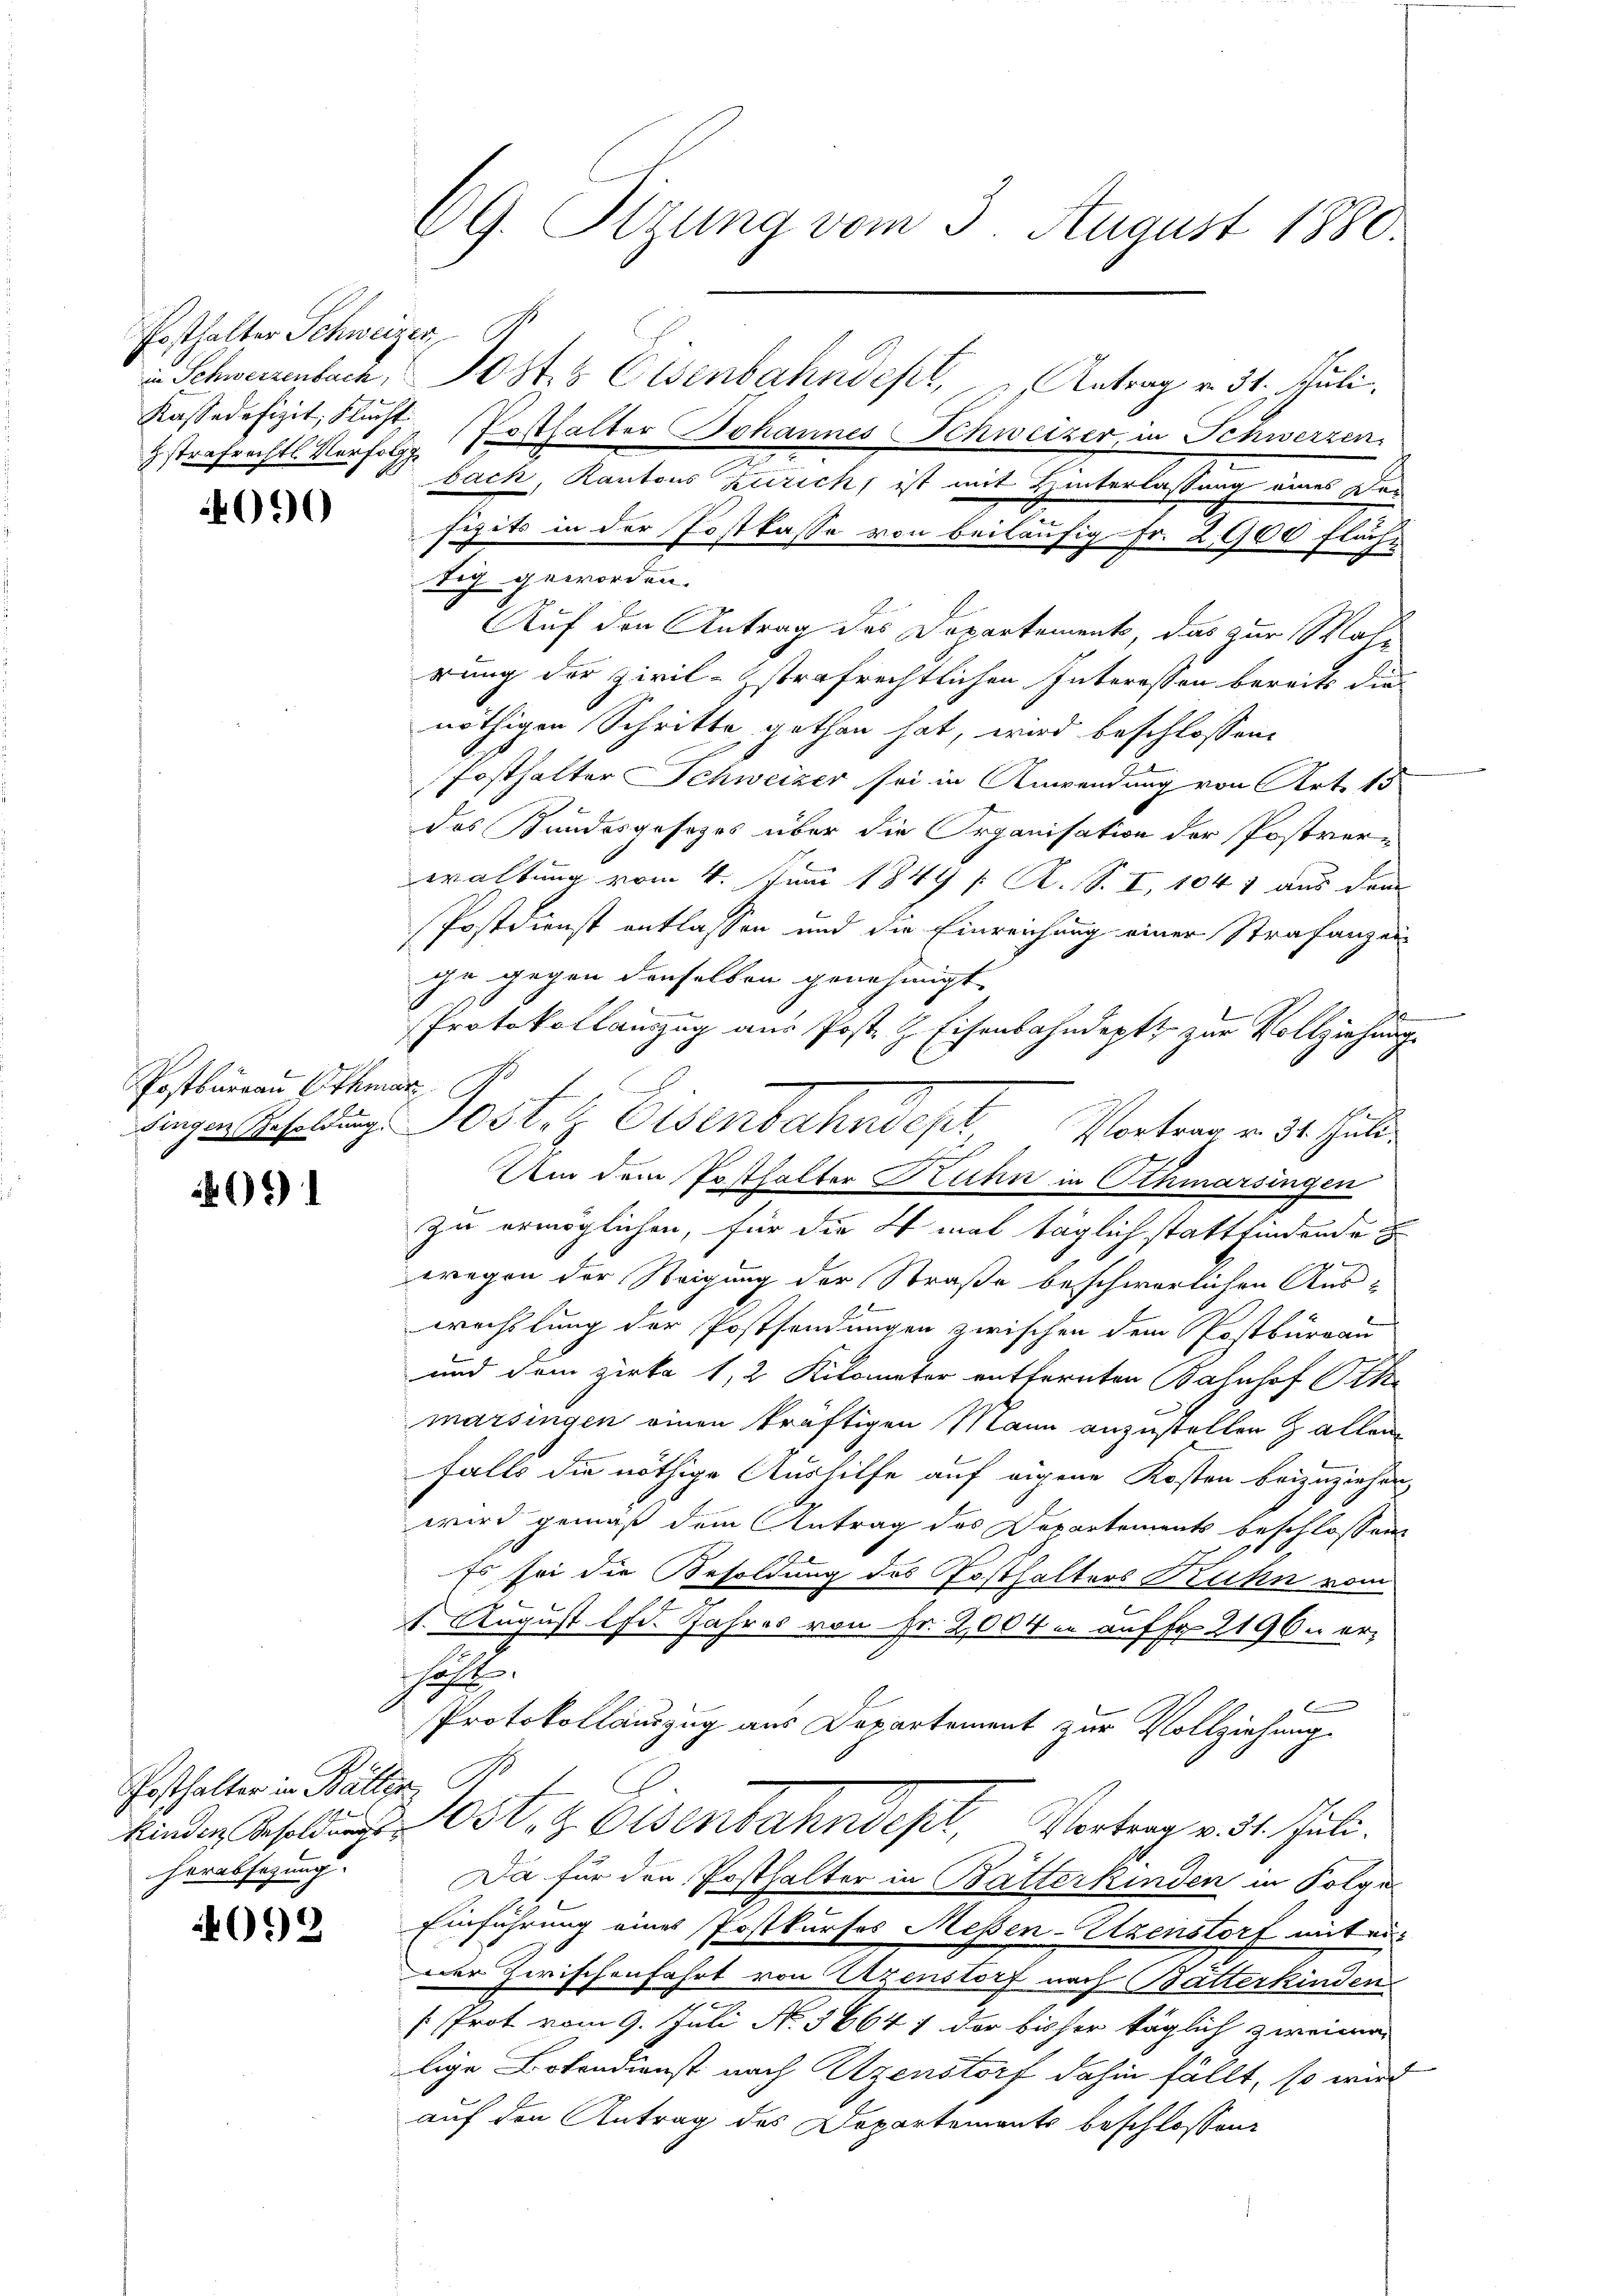
Posthalter Schweizer,
gstrafrechts Verfolg

4090

Postbureau Othma

1

Posthalter in Bällen.
herabsetzung.

4099

69. Pirung vom 3. August 1880.

in Schweizenbach, Josts Eisenbahndepl, Antrag v. 31. Juli.
Kassadefizit, Flust Posthalter Johannes Schweizer, in Schwerzen.
bach, Kantons Zürich, ist mit Hinterlassung eines Dor
fizits in der Postkasse von beiläufig Fr. 2900 Fläche
tig geworden.
Auf den Antrag des Departement, das zur Mahrung der Zivil-trafrechtlichen Interessen bereits die
nöthigen Schritte gethan hat, wird beschlossene
Posthalter Schweizer sei in Anwendung von Art. 15
das Bundesgesezes über die Organisation der Postvern
waltung vom 4. Juni 1849 f. A. S. I, 1047 aus dem
Postdienst entlassen und die Einreichung einer Strafanzei-
che gegen denselben genehmigt.
Protokollauszug aus Post & Eisenbahndeptt zur Vollziehung.
dingen Besoldung. Post. l. Eisenbahndept, Vortrag v. 31. Juli.
Um dem Posthalter Kuhn in Schmarsingen
zu ermöglichen, für die 4 mal täglich stattfindende
wegen der Steigung der Straße beschwerlichen Auswechslung der Postsendungen zwischen dem Postburgau
und dem Zirka 1, 2 Kilometer entfernten Bahnhof Oth
marsingen einen kräftigen Mann anzustellen z allen
falls die nöthige Aushilfe auf eigene Kosten beizuziehen,
wird gemäß dem Antrag des Departements beschlossen
Es sei die Besoldung des Ersthalters Kuhn vom
1. August lfd. Jahres von Fr. 2004 n auf Fr. 2196. erhl.
Protokollauszug aus Departement zur Vollziehung
kinden als 105. 8 Eisenbahndept, Vortrag v. 31. Juli.
Da für den Posthalter in Batterkinden in Folge
Einführung eines Postkurses Messen-Uzenstorf mit ein
Der Zwischenfahrt von Uzenstorf nach Batterkinden
sProt vom 9. Juli No. 56647 der bisher täglich zweima
lige Botendienst nach Atzenstorf dahin fällt, so wird
auf den Antrag des Departements beschlossen: